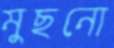
মুছনো